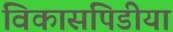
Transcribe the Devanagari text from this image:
विकासपिडीया